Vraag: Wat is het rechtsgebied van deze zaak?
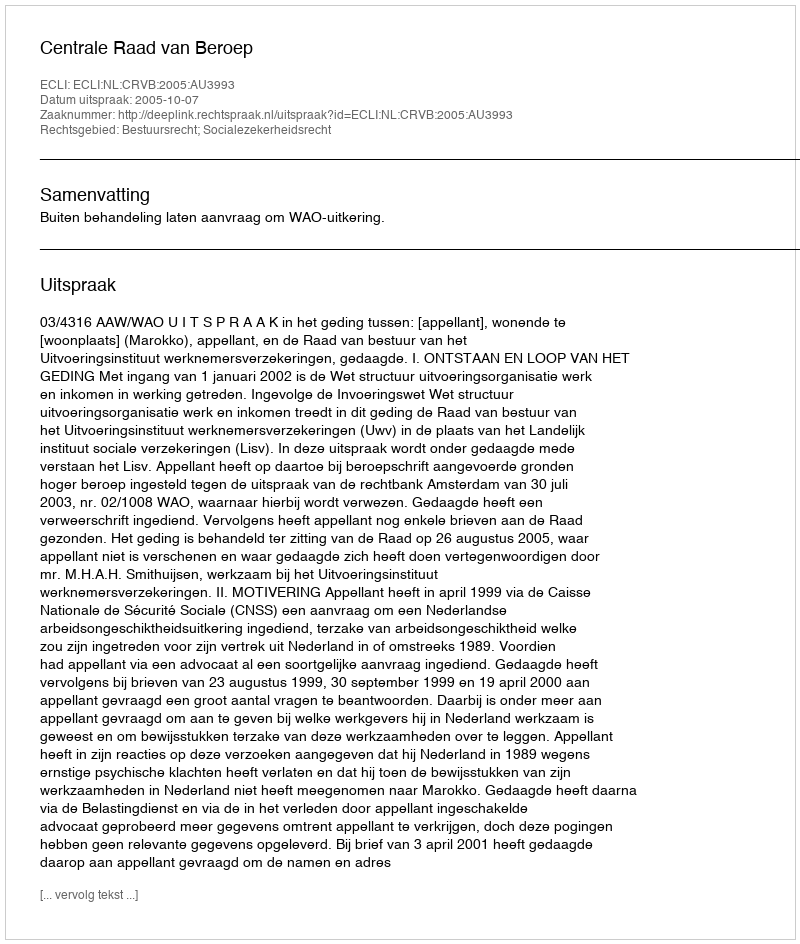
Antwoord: Bestuursrecht; Socialezekerheidsrecht